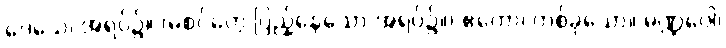
ဒေသေ၊ အရပ်၌။ (မစင်တွေ ပြည့်နေသော အရပ်၌။) ဧကော၊ တစ်ခုသော။ မဏ္ဍပေါ၊